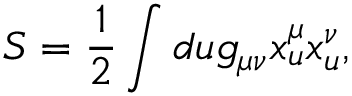
S = \frac { 1 } { 2 } \int d u g _ { \mu \nu } x _ { u } ^ { \mu } x _ { u } ^ { \nu } , \quad